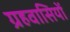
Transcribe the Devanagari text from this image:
ग्रहवासियों